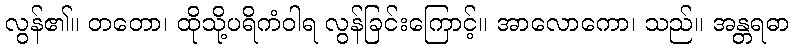
လွန်၏။ တတော၊ ထိုသို့ပရိကံဝါရ လွန်ခြင်းကြောင့်။ အာလောကော၊ သည်။ အန္တရဓာ